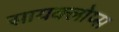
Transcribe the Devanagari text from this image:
सायक्लोप्स